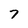
Character: 7